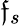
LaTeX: \mathfrak{f}_{s}